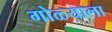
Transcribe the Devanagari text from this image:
गोळ्याला